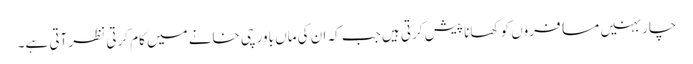
چار بہنیں مسافروں کو کھانا پیش کرتی ہیں جب کہ ان کی ماں باورچی خانے میں کام کرتی نظر آتی ہے۔